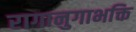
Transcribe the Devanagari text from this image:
रागानुगाभक्ति